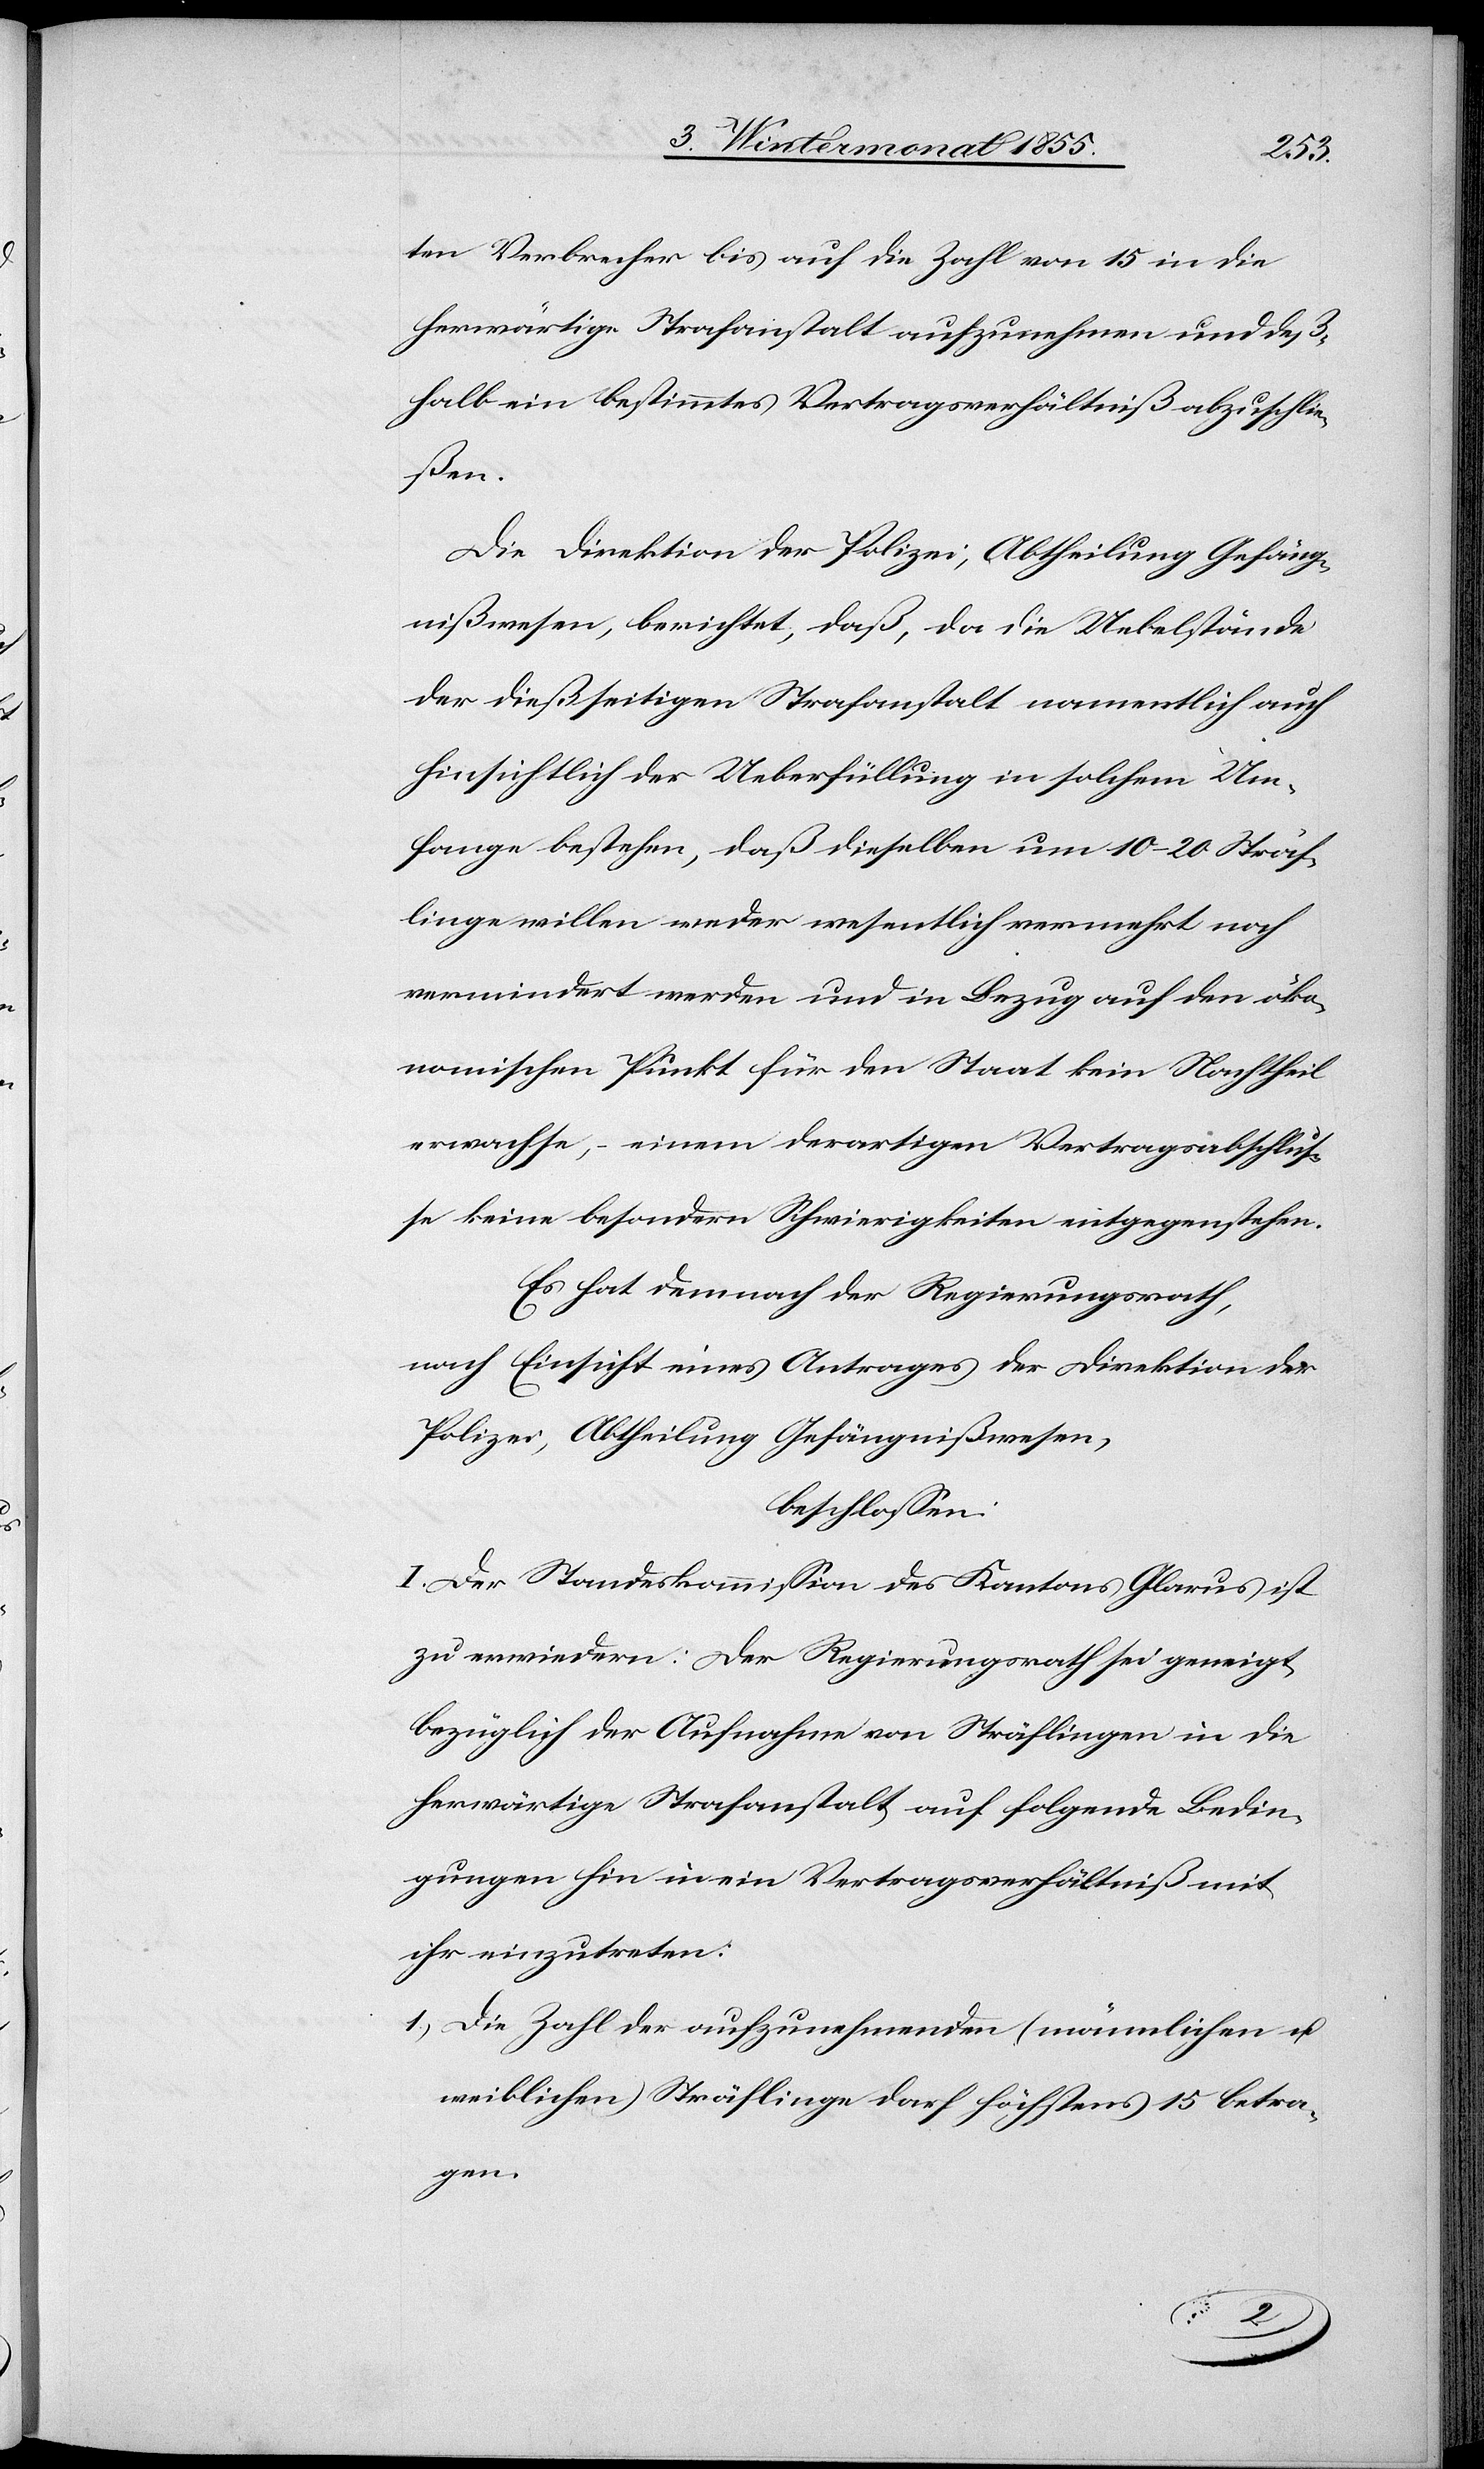
ten Verbrecher bis auf die Zahl von 15 in die
herwärtige Strafanstalt aufzunehmen und deß¬
halb ein bestimmtes Vertragsverhältniß abzuschlie¬
ßen.
Die Direktion der Polizei, Abtheilung Gefäng¬
nißwesen, berichtet, daß, da die Uebelstände
der dießseitigen Strafanstalt namentlich auch
hinsichtlich der Ueberfüllung in solchem Um¬
fange bestehen, daß dieselben um 10–20 Sträf¬
linge willen weder wesentlich vermehrt noch
vermindert werden und in Bezug auf den öko¬
nomischen Punkt für den Staat kein Nachtheil
erwachse, – einem derartigen Vertragsabschlus¬
se keine besondern Schwierigkeiten entgegenstehen.
Es hat demnach der Regierungsrath,
nach Einsicht eines Antrages der Direktion der
Polizei, Abtheilung Gefängnißwesen,
beschlossen:
I. Der Standeskommission des Kantons Glarus ist
zu erwiedern: Der Regierungsrath sei geneigt
bezüglich der Aufnahme von Sträflingen in die
herwärtige Strafanstalt auf folgende Bedin¬
gungen hin in ein Vertragsverhältniß mit
ihr einzutreten:
Die Zahl der aufzunehmenden (männlichen u.
weiblichen) Sträflinge darf höchstens 15 betra¬
gen.
1.)